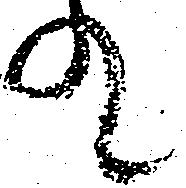
れ